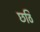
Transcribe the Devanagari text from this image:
छठि